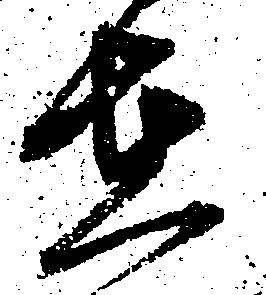
在